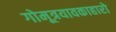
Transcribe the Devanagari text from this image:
गोमूत्रयावकाहारो